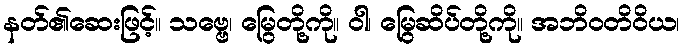
နတ်၏ဆေးဖြင့်။ သဗ္ဗေ၊ မြွေတို့ကို။ ဝါ၊ မြွေဆိပ်တို့ကို။ အဘိဝတိဝိယ၊